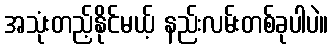
အသုံးတည့်နိုင်မယ့် နည်းလမ်းတစ်ခုပါပဲ။